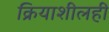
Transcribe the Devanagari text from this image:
क्रियाशीलही